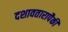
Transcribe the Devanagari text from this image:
दशावतारापैकी